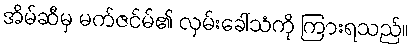
အိမ်ဆီမှ မက်ဇင်မ်၏ လှမ်းခေါ်သံကို ကြားရသည်။